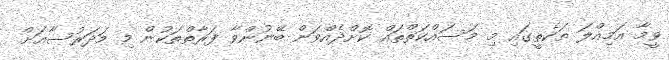
ވީމާ އަމިއްލަ ތަކެތީގައި މި މަސައްކަތްތައް ކޮށްދެއްވަން ބޭނުންވާ ފަރާތްތަކުން މި މަދަރުސާއަށް